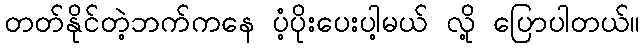
တတ်နိုင်တဲ့ဘက်ကနေ ပံ့ပိုးပေးပါ့မယ် လို့ ပြောပါတယ်။